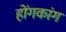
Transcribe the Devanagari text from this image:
होंगकांग